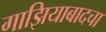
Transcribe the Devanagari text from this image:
गाझियाबादचा